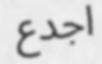
اجدع